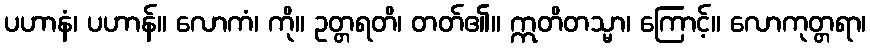
ပဟာနံ၊ ပဟာန်။ လောကံ၊ ကို။ ဥတ္တရတိ၊ တတ်၏။ ဣတိတသ္မာ၊ ကြောင့်။ လောကုတ္တရာ၊